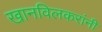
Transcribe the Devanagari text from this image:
खानविलकरांनी